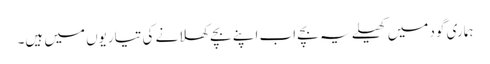
ہماری گود میں کھیلے یہ بچے اب اپنے بچے کھلانے کی تیاریوں میں ہیں۔